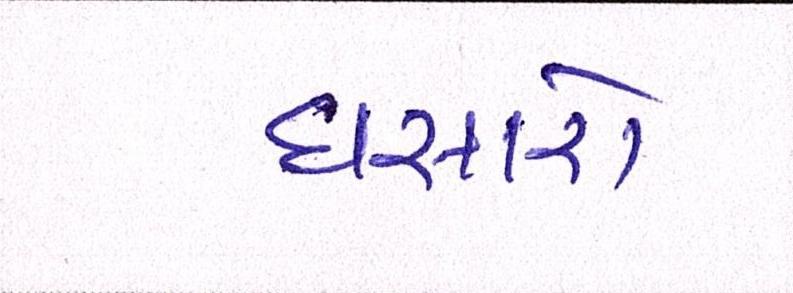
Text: ઘસારો